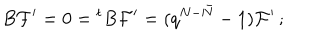
B { \cal F } ^ { \prime } = 0 = { ^ t B } { \cal F } ^ { \prime } = ( q ^ { N - \bar { N } } - 1 ) { \cal F } ^ { \prime } \, ;